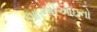
આરબીઆઇનો